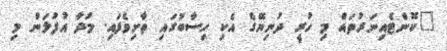
"ކޮންޓެއިނަރުތައް މި ހުރީ ދުނިޔޭގެ އެކި ހިސާބުގައި ތާށިވެފައި. މުދާ އުފުލަން މި